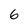
Character: 6